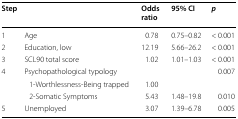
| Step |  | Oddsratio | 95% CI | p |
 | --- | --- | --- | --- | --- |
 | 1 | Age | 0.78 | 0.75–0.82 | < 0.001 |
 | 2 | Education, low | 12.19 | 5.66–26.2 | < 0.001 |
 | 3 | SCL90 total score | 1.02 | 1.01–1.03 | < 0.001 |
 | <ROWSPAN=3> 4 | Psychopathological typology |  |  | 0.007 |
 | 1-Worthlessness-Being trapped | 1.00 |  |  |
 | 2-Somatic Symptoms | 5.43 | 1.48–19.8 | 0.010 |
 | 5 | Unemployed | 3.07 | 1.39–6.78 | 0.005 |